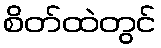
စိတ်ထဲတွင်